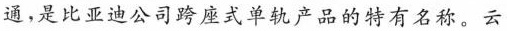
通，是比亚迪公司跨座式单轨产品的特有名称。云